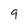
Character: 9